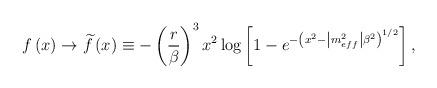
LaTeX: \begin{align*}f\left(x\right)\rightarrow \widetilde{f}\left(x\right)\equiv -\left(\frac{r}{\beta }\right)^{3}x^{2}\log \left[1-e^{-\left(x^{2}-\left|m_{eff}^{2}\right|\beta ^{2}\right)^{1/2}}\right],\end{align*}